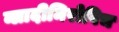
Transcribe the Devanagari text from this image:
व्लादीमिरोविच